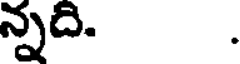
న్నది. .